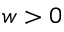
w > 0